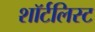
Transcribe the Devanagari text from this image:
शॉर्टलिस्ट